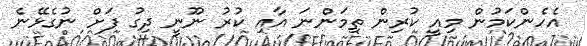
އެހެންކަމުން މިއީ ކުރިން ތިމަންނަ އާއި ކުރު ނޫނީ ދިގު ފަށް ނުގެޅޭނެ